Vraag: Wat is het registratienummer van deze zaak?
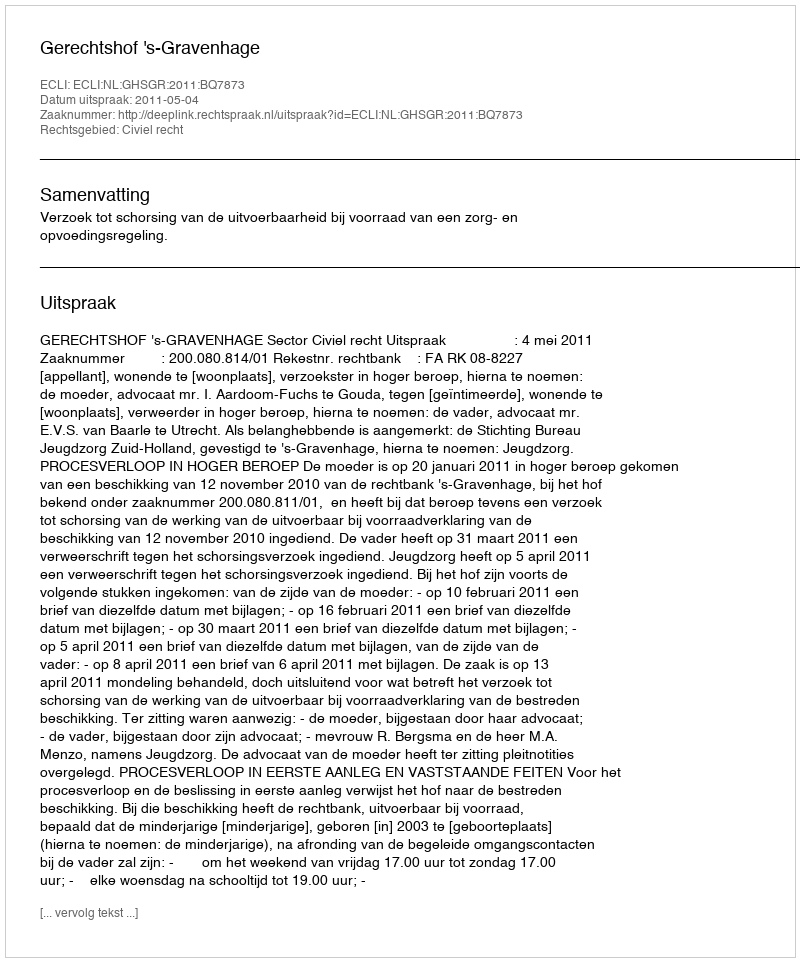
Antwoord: http://deeplink.rechtspraak.nl/uitspraak?id=ECLI:NL:GHSGR:2011:BQ7873